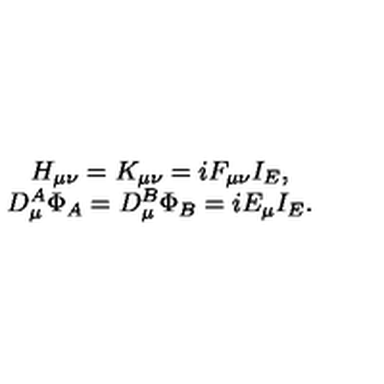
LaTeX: \begin{array} { c } { H _ { \mu \nu } = K _ { \mu \nu } = i F _ { \mu \nu } I _ { E } , } \\ { D _ { \mu } ^ { A } \Phi _ { A } = D _ { \mu } ^ { B } \Phi _ { B } = i E _ { \mu } I _ { E } . } \\ \end{array}